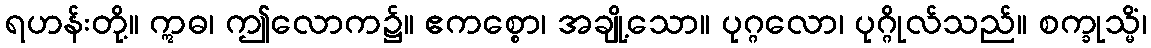
ရဟန်းတို့။ ဣဓ၊ ဤလောက၌။ ဧကစ္စော၊ အချို့သော။ ပုဂ္ဂလော၊ ပုဂ္ဂိုလ်သည်။ စက္ခုသ္မိံ၊